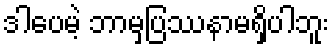
ဒါပေမဲ့ ဘာမှပြဿနာမရှိပါဘူး